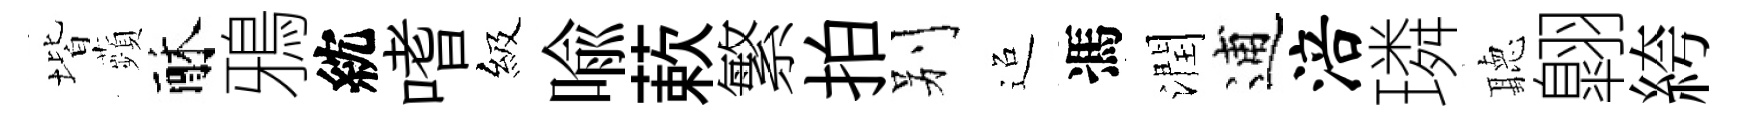
堦蘋酥鴉紞嗜級喩蔌繁拍别迢馮潤逋涪璘聽翺絝